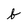
Character: b